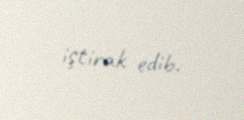
iştirak edib.